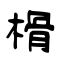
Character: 榾